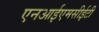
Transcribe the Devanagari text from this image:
एनआईएमसीईटी